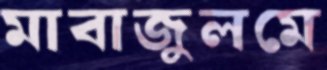
মাবাজুলমে